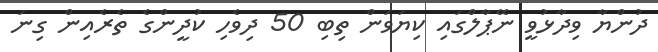
ދުންޔާ ވިދާޅުވީ ނޭޕާލްގައި ކިޔަވަން ތިބި 50 ދިވެހި ކުދީންގެ ތެރެއިން ގިނަ